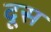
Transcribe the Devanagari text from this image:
दूस